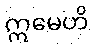
ဣမေဟိ